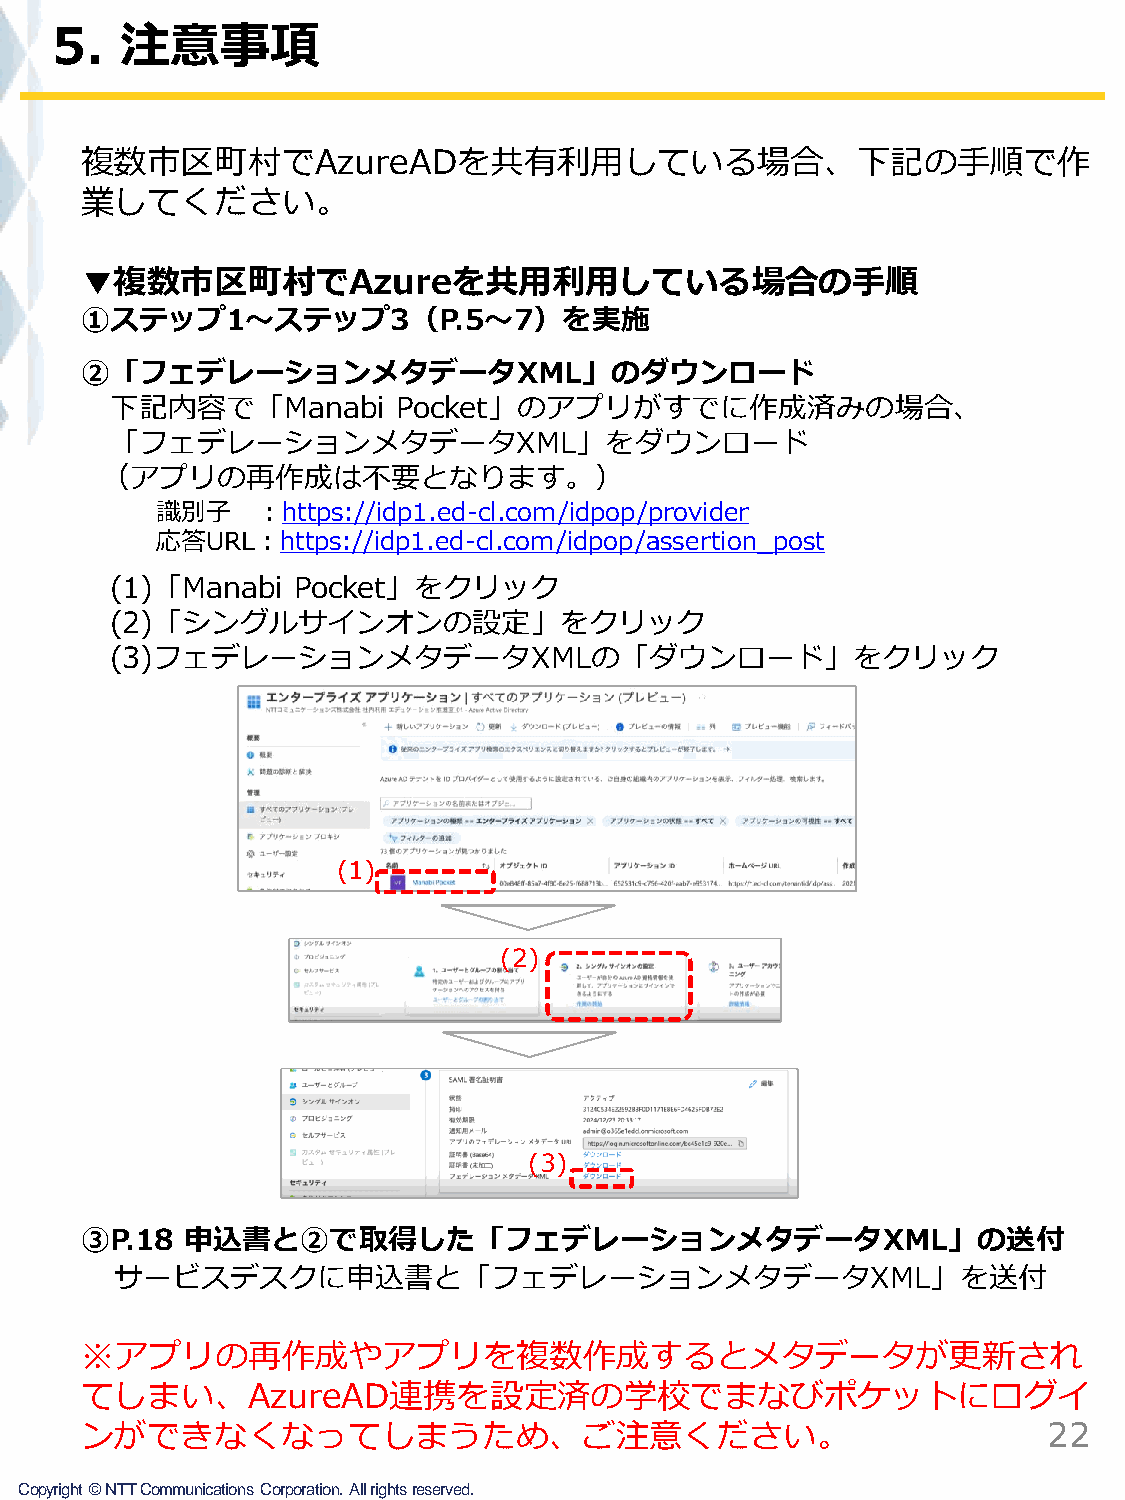
5.   注意事項
 複数市区町村でAzureADを共有利用している場合、下記の手順で作
 業してください。
 ▼複数市区町村でAzureを共用利用している場合の手順
 ①ステップ1～ステップ3（P.5～7）を実施
 ②「フェデレーションメタデータXML」のダウンロード
 下記内容で「Manabi       Pocket」のアプリがすでに作成済みの場合、
 「フェデレーションメタデータXML」をダウンロード
 （アプリの再作成は不要となります。）
 識別子    ：https://idp1.ed-cl.com/idpop/provider
 応答URL：https://idp1.ed-cl.com/idpop/assertion_post
 (1)「Manabi  Pocket」をクリック
 (2)「シングルサインオンの設定」をクリック
 (3)フェデレーションメタデータXMLの「ダウンロード」をクリック
 (1)
 (2)
 (3)
 ③P.18  申込書と②で取得した「フェデレーションメタデータXML」の送付
 サービスデスクに申込書と「フェデレーションメタデータXML」を送付
 ※アプリの再作成やアプリを複数作成するとメタデータが更新され
 てしまい、AzureAD連携を設定済の学校でまなびポケットにログイ
 ンができなくなってしまうため、ご注意ください。                                         22
 Copyright©NTTCommunicationsCorporation.Allrightsreserved.